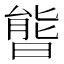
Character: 𣉘